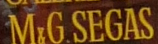
MG SEGAS